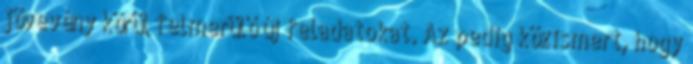
jövevény körül felmerülő új feladatokat. Az pedig közismert, hogy